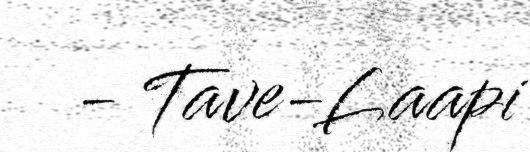
- Tave-Laapi